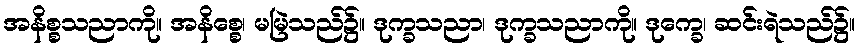
အနိစ္စသညာကို။ အနိစ္စေ၊ မမြဲသည်၌။ ဒုက္ခသညာ၊ ဒုက္ခသညာကို။ ဒုက္ခေ၊ ဆင်းရဲသည်၌။